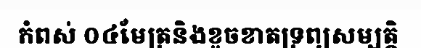
កំពស់ ០៤មែត្រនិងខូចខាតទ្រព្យសម្បត្តិ